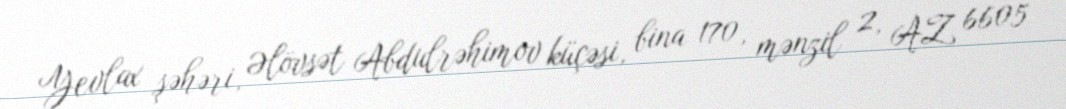
Yevlax şəhəri, Əlövsət Abdulrəhimov küçəsi, bina 170, mənzil 2, AZ 6605